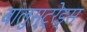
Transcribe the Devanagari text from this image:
बालुस्‍ट्रेड्स